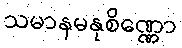
သမာနမနုစိဏ္ဏော